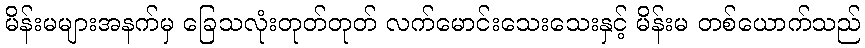
မိန်းမများအနက်မှ ခြေသလုံးတုတ်တုတ် လက်မောင်းသေးသေးနှင့် မိန်းမ တစ်ယောက်သည်